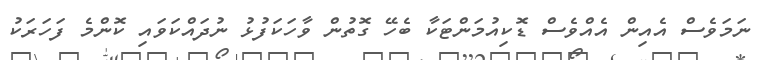
ނަމަވެސް އެއިން އެއްވެސް ޑޮކިއުމަންޓަކާ ބެހޭ ގޮތުން ވާހަކަފުޅު ނުދައްކަވައި ކޮންމެ ފަހަރަކު